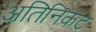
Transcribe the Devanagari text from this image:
अतिनिकट